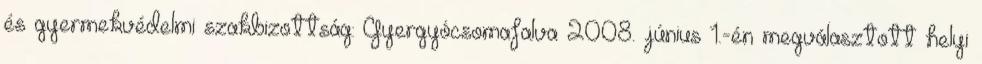
és gyermekvédelmi szakbizottság: Gyergyócsomafalva 2008. június 1.-én megválasztott helyi